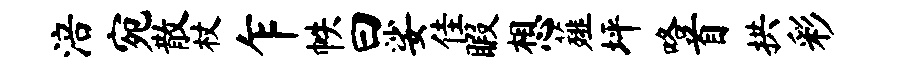
涪宛散杖乍帙曰娑佳暇想薤坪咯首拱彩